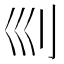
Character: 𠚴